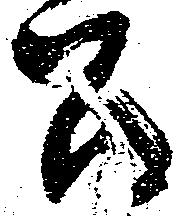
公